Annual administration report of the Civil Veterinary Department, Ajmere-Merwara, British Rajputana - 1914-1940
Year: 1914
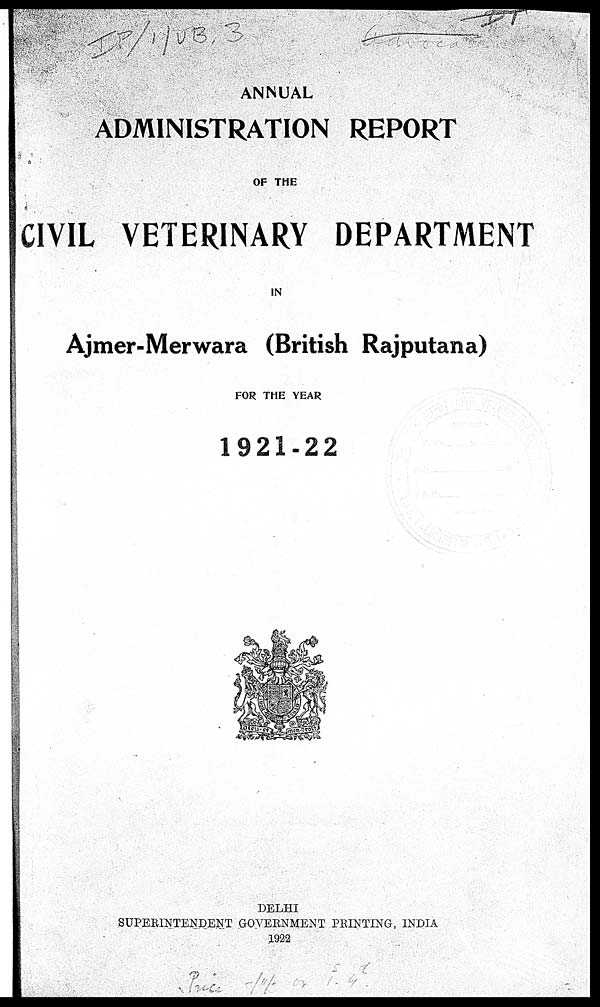
A
ADMINISTRATION REPORT
OF THE
CIVIL VETERINARY DEPARTMENT
IN
Ajmer-Merwara (British Rajputana)
FOR THE YEAR
1921-22
DELHI
SUPERINTENDENT GOVERNMENT PRINTING, INDIA
1922